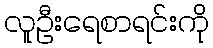
လူဦးရေစာရင်းကို